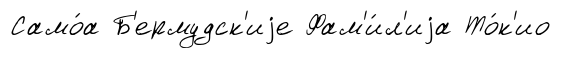
Само́а Б'ермудск'иjе Фам'и́л'иjа То́к'ио